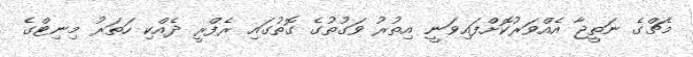
މެޗްގެ ނަތީޖާ އެއްވަރުކޮށްފައިވަނީ އިތުރު ވަގުތުގެ ގޮތުގައި ރެފްރީ ދެއްކި ހަތަރު މިނިޓްގެ